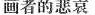
画者的悲哀